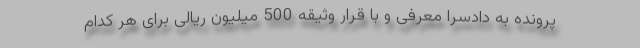
پرونده به دادسرا معرفی و با قرار وثیقه 500 میلیون ریالی برای هر کدام